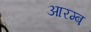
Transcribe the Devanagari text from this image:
आरम्ब